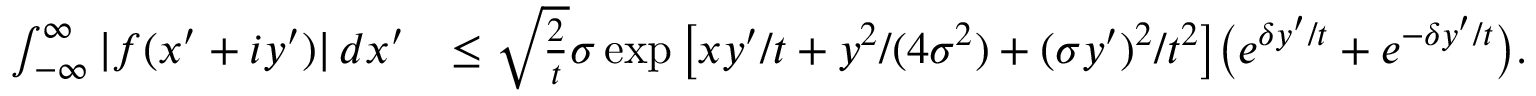
\begin{array} { r l } { \int _ { - \infty } ^ { \infty } | f ( x ^ { \prime } + i y ^ { \prime } ) | \, d x ^ { \prime } } & { \leq \sqrt { \frac { 2 } { t } } \sigma \exp \big [ x y ^ { \prime } / t + y ^ { 2 } / ( 4 \sigma ^ { 2 } ) + ( \sigma y ^ { \prime } ) ^ { 2 } / t ^ { 2 } \big ] \big ( e ^ { \delta y ^ { \prime } / t } + e ^ { - \delta y ^ { \prime } / t } \big ) . } \end{array}